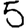
Digit: 5